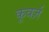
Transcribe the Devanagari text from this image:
कूवर्ज़